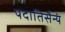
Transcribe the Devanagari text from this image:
पदातिसैन्यं